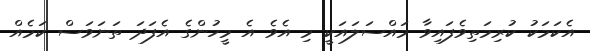
އެކަމަކު ކުރިމަތިވެފައިވާ މައްސަލައަކީ މި އެވެ އެ މީހުންގެ އެފަދަ ތަނަވަސް ކަމެއް